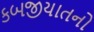
કબજીયાતનો